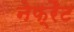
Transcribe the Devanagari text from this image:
नेफ्रैट